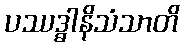
ပဿဒ္ဓါနိသံသာတိ